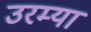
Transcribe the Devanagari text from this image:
उरम्या